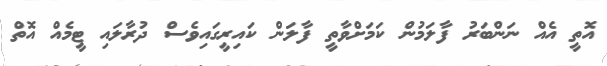
އޮތީ އެއް ނަންބަރު ފާލަމުން ކަމަށްވާތީ ފާލަން ކައިރީގައިވެސް ދުރާލައި ޓީމެއް އޮތް